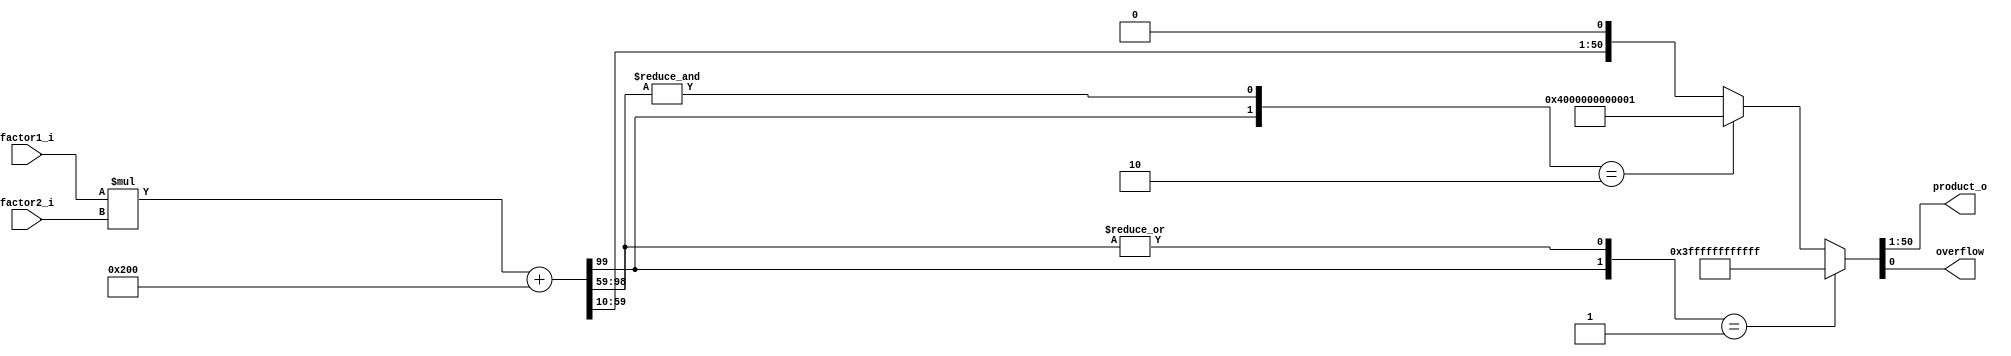
module red_pitaya_product_sat
#( parameter BITS_IN1 = 50,
   parameter BITS_IN2 = 50,
   parameter BITS_OUT = 50,
   parameter SHIFT = 10
)
(
    input signed [BITS_IN1-1:0] factor1_i,
    input signed [BITS_IN2-1:0] factor2_i,
    output signed [BITS_OUT-1:0] product_o,
    output overflow
    );
wire signed [BITS_IN1+BITS_IN2-1:0] product;
//assign product = factor1_i*factor2_i;
// simple saturation added:
assign product = factor1_i*factor2_i + $signed(1 <<(SHIFT-1));
assign {product_o,overflow} =  ( {product[BITS_IN1+BITS_IN2-1],|product[BITS_IN1+BITS_IN2-2:SHIFT+BITS_OUT-1]} ==2'b01) ? {{1'b0,{BITS_OUT-1{1'b1}}},1'b1}  : //positive overflow
                    ( {product[BITS_IN1+BITS_IN2-1],&product[BITS_IN1+BITS_IN2-2:SHIFT+BITS_OUT-1]} ==2'b10) ? {{1'b1,{BITS_OUT-1{1'b0}}},1'b1}   : //negative overflow
                    {product[SHIFT+BITS_OUT-1:SHIFT],1'b0} ; //correct value           

endmodule